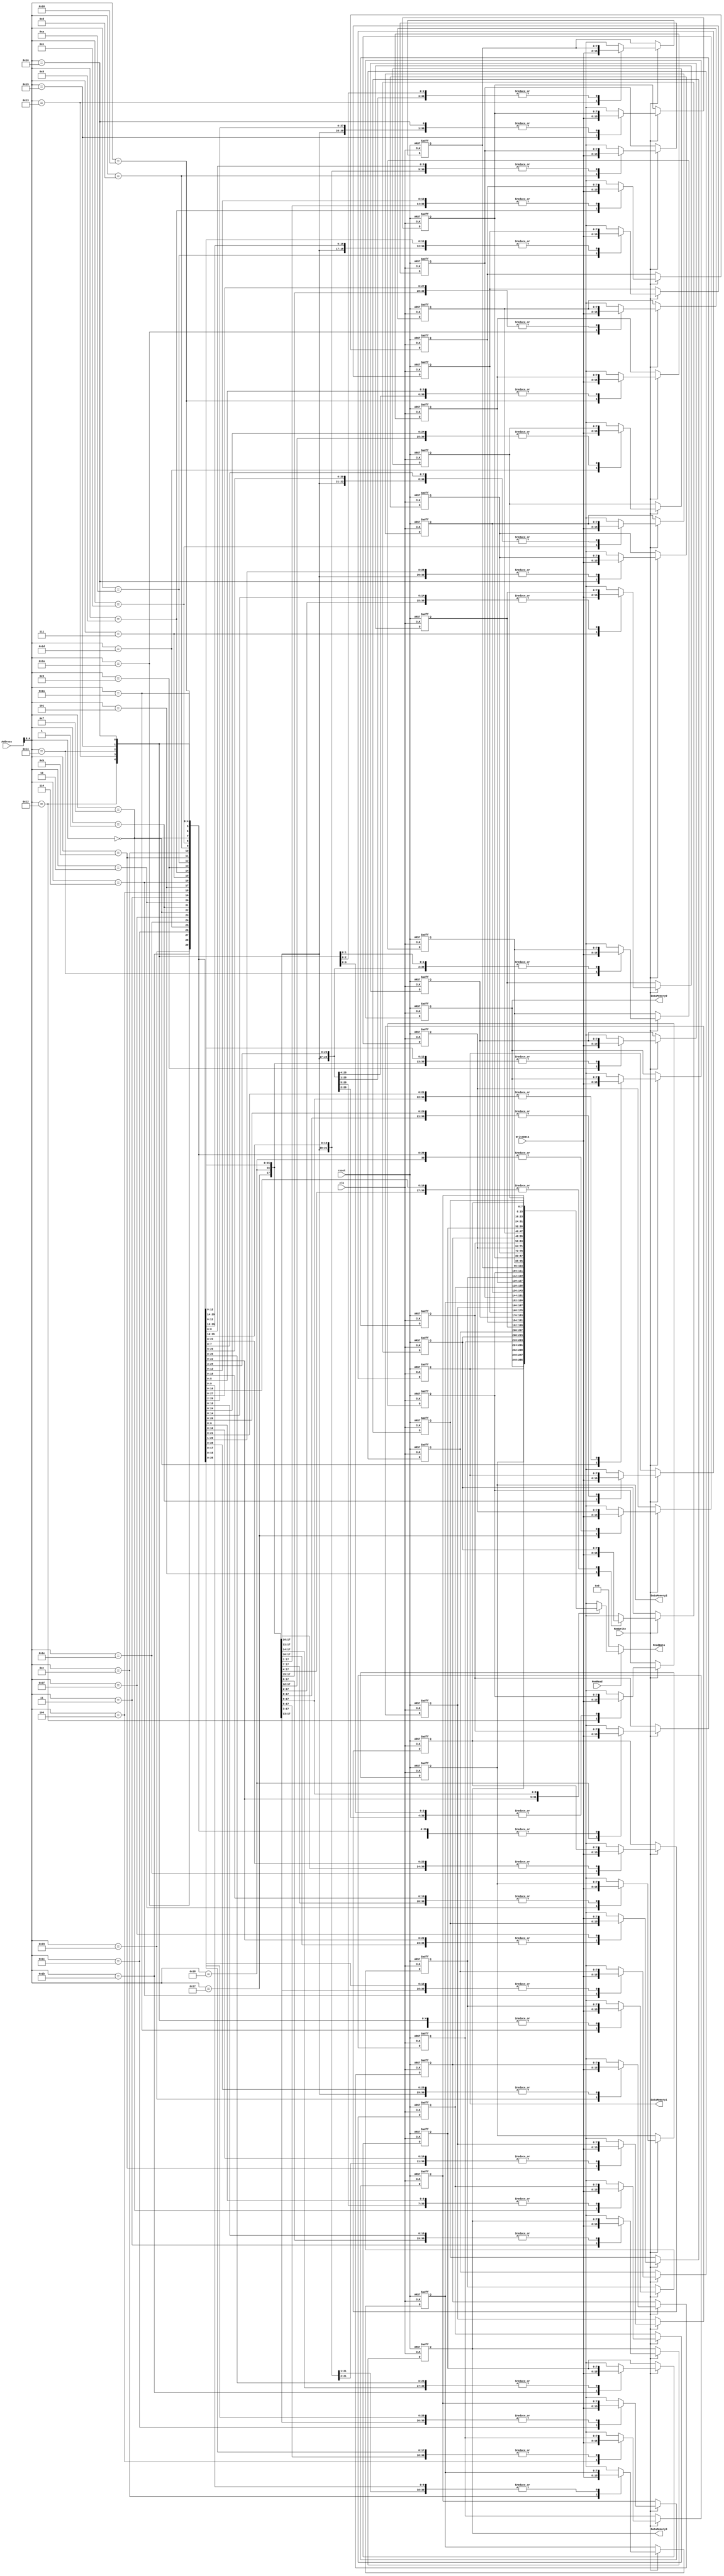
`timescale 1ns / 1ps
//////////////////////////////////////////////////////////////////////////////////
// Company: 
// Engineer: 
// 
// Design Name: 
// Module Name:    DataMemory 
// Project Name: 
// Target Devices: 
// Tool versions: 
// Description: 
//
// Dependencies: 
//
// Revision: 
// Revision 0.01 - File Created
// Additional Comments: 
//
//////////////////////////////////////////////////////////////////////////////////
module DataMemory(
	 input clk,
    input [7:0] Address,
    input [7:0] WriteData,
    input MemRead,
    input MemWrite,
	 input reset,
    output [7:0] ReadData,
	 output [7:0] DataMemory0, // test
	 output [7:0] DataMemory1,
	 output [7:0] DataMemory2,
	 output [7:0] DataMemory3
    );
	 
	 
	 reg[7:0] Data[31:0];
	 integer i;
	 initial begin
		for(i = 0; i < 16; i = i + 1) begin
			Data[i] = i;
		end
		for(i = 0; i < 16; i = i + 1) begin
			Data[i+16] = -1 * i;
		end
	 end
	 
	 // reg[7:0] readData;
	 
	 assign ReadData = (MemRead == 1'b1) ? Data[Address] : 8'd0;
	 assign DataMemory0 = Data[0]; // test
	 assign DataMemory1 = Data[1]; 
	 assign DataMemory2 = Data[2]; 
	 assign DataMemory3 = Data[3]; 
	 
	 
	 //always@ (Address or WriteData or MemRead or MemWrite or reset)
	 always@ (posedge clk or posedge reset) // posedge clk or reset
		begin
			if(reset) begin
				for(i = 0; i < 16; i = i + 1) begin
					Data[i] = i; // <=
				end
				for(i = 0; i < 16; i = i + 1) begin
					Data[i+16] = -1 * i;
				end
			end
			else if (MemWrite) begin
				Data[Address] = WriteData;
				
				/*else begin
					if(MemRead) begin
					if(Address < 32) begin
						readData = Data[Address];
					end
				end else if (MemWrite) begin
					if(Address < 32) begin
						Data[Address] = WriteData;
					end
				end*/
			end
		end

endmodule